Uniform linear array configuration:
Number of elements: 24
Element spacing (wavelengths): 0.75
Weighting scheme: binomial
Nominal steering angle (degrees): -15
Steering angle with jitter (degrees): -16.859
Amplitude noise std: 0.05
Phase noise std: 0.05

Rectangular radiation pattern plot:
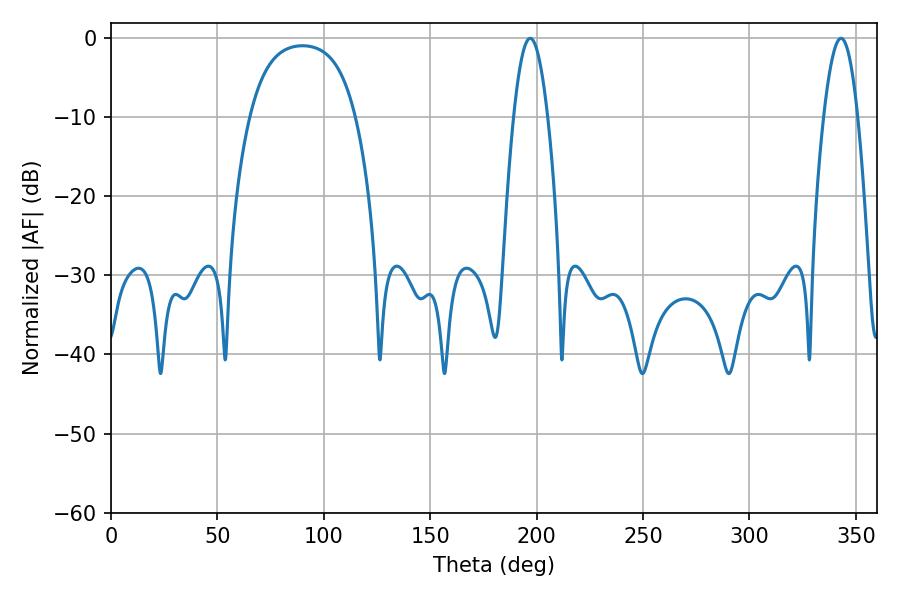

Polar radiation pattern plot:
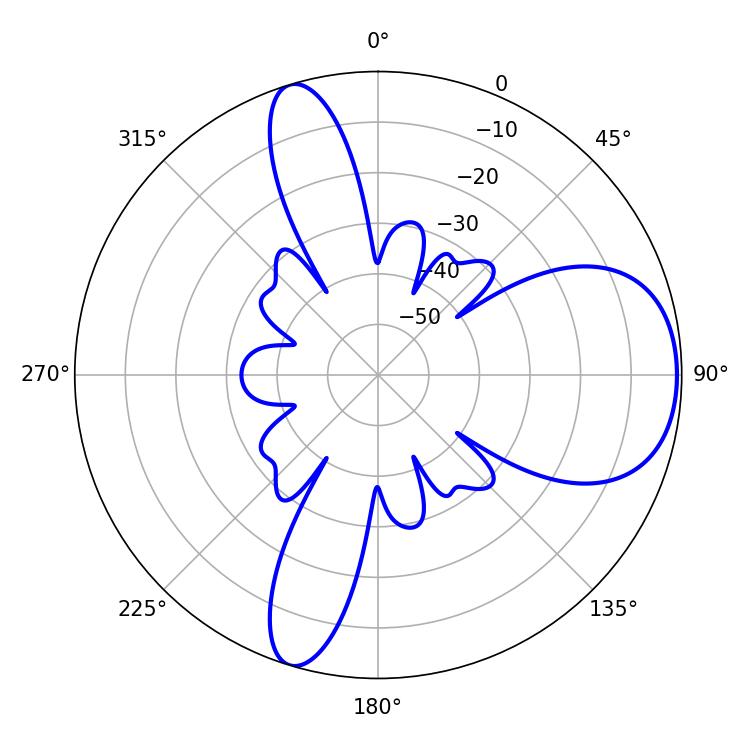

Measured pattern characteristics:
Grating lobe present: TRUE
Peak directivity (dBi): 7.368
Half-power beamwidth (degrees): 8.82
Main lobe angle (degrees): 196.92